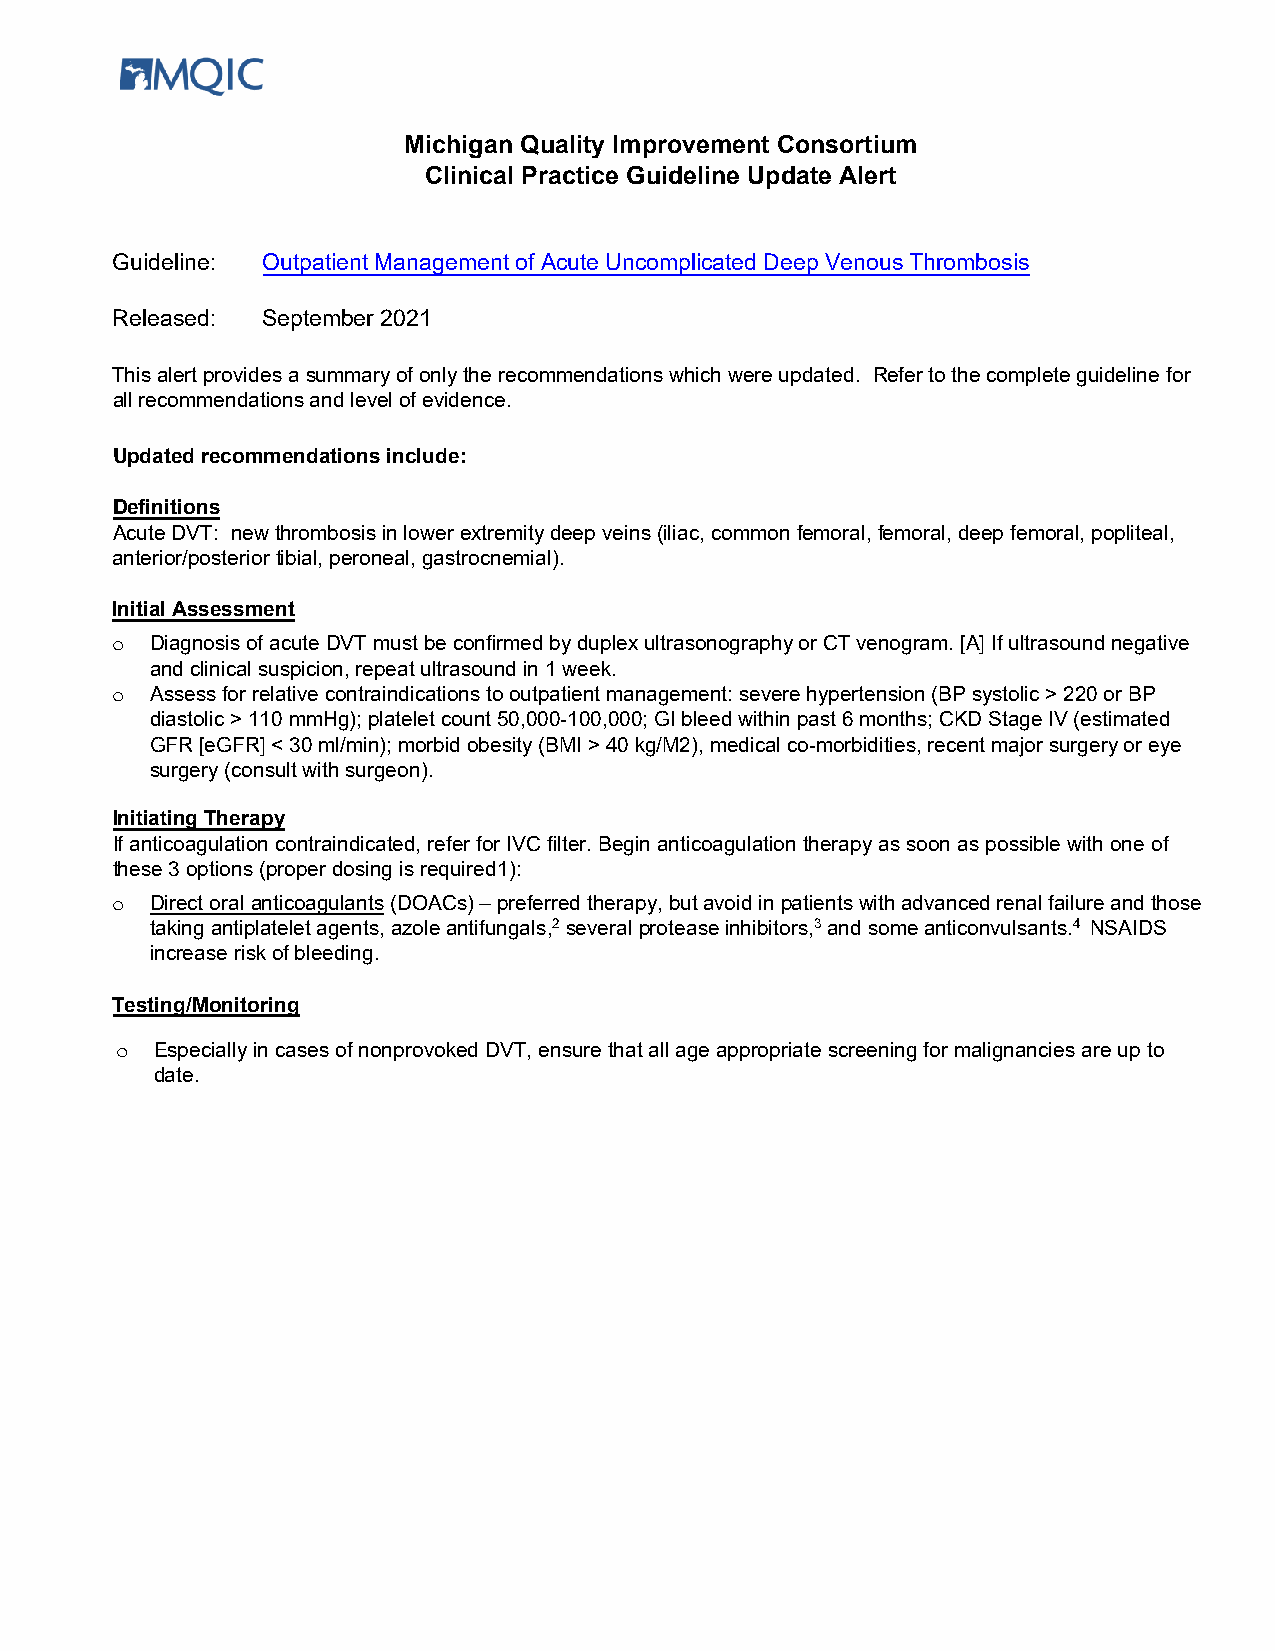
Michigan Quality Improvement Consortium
 Clinical Practice Guideline Update Alert
 Guideline: Outpatient Management of Acute Uncomplicated Deep Venous Thrombosis
 Released: September 2021
 This alert provides a summary of only the recommendations which were updated. Refer to the complete guideline for
 all recommendations and level of evidence.
 Updated recommendations include:
 Definitions
 Acute DVT: new thrombosis in lower extremity deep veins (iliac, common femoral, femoral, deep femoral, popliteal,
 anterior/posterior tibial, peroneal, gastrocnemial).
 Initial Assessment
 o  Diagnosis of acute DVT must be confirmed by duplex ultrasonography or CT venogram. [A] If ultrasound negative
 and clinical suspicion, repeat ultrasound in 1 week.
 o  Assess for relative contraindications to outpatient management: severe hypertension (BP systolic > 220 or BP
 diastolic > 110 mmHg); platelet count 50,000-100,000; GI bleed within past 6 months; CKD Stage IV (estimated
 GFR [eGFR] < 30 ml/min); morbid obesity (BMI > 40 kg/M2), medical co-morbidities, recent major surgery or eye
 surgery (consult with surgeon).
 Initiating Therapy
 If anticoagulation contraindicated, refer for IVC filter. Begin anticoagulation therapy as soon as possible with one of
 these 3 options (proper dosing is required1):
 o  Direct oral anticoagulants (DOACs) – preferred therapy, but avoid in patients with advanced renal failure and those
 taking antiplatelet agents, azole antifungals,2 several protease inhibitors,3 and some anticonvulsants.4 NSAIDS
 increase risk of bleeding.
 Testing/Monitoring
 o Especially in cases of nonprovoked DVT, ensure that all age appropriate screening for malignancies are up to
 date.